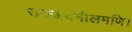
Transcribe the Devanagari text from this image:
उज्जवनीलमणि।